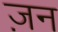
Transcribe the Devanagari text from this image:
ज़न